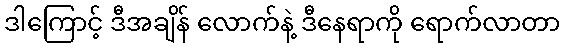
ဒါကြောင့် ဒီအချိန် လောက်နဲ့ ဒီနေရာကို ရောက်လာတာ